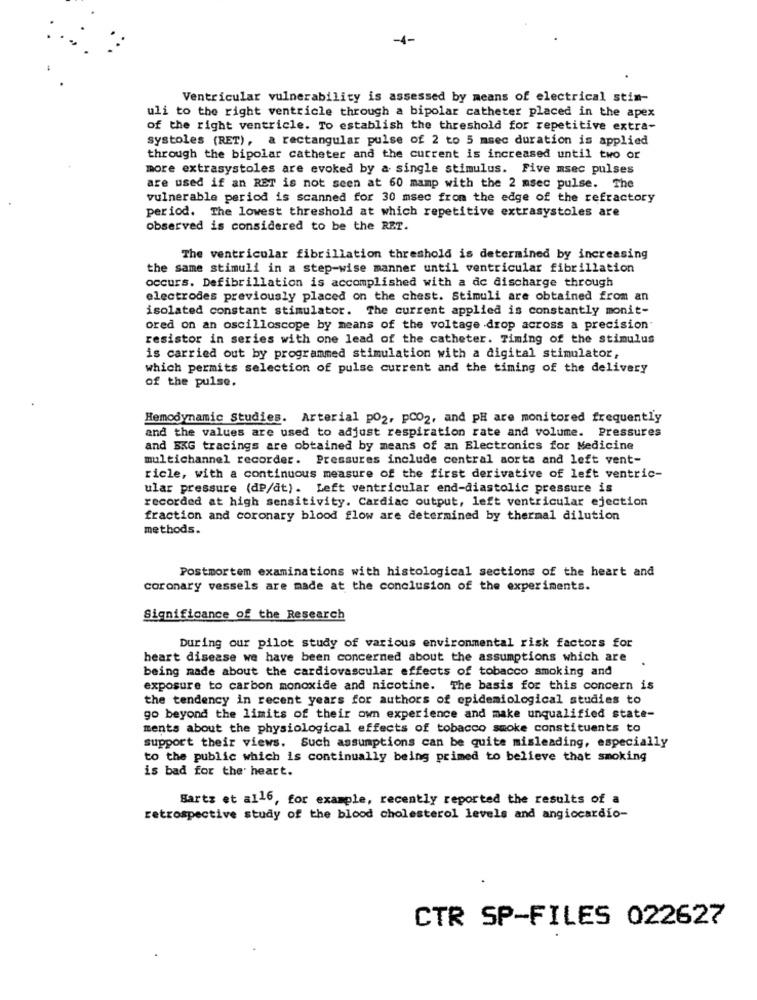
-4-
Ventricular vulnerability is assessed by means of electrical stin-
uli to the right ventricle through a bipolar catheter placed in the apex
of the right ventricle. To establish the threshold for repetitive extra-
systoles (RET), a rectangular pulse of 2 to 5 msec duration is applied
through the bipolar catheter and the current is increased until two or
more extrasystoles are evoked by a single stimulus. Five msec pulses
are used if an RET is not seen at 60 mamp with the 2 msec pulse. The
vulnerable period is scanned for 30 msec from the edge of the refractory
period. The lowest threshold at which repetitive extrasystoles are
observed is considered to be the RET.
The ventricular fibrillation threshold is determined by increasing
the same stimuli in a step-wise manner until ventricular fibrillation
occurs. Defibrillation is accomplished with a dc discharge through
electrodes previously placed on the chest. Stimuli are obtained from an
isolated constant stimulator. The current applied is constantly monit-
ored on an oscilloscope by means of the voltage drop across a precision
resistor in series with one lead of the catheter. Timing of the stimulus
is carried out by programmed stimulation with a digital stimulator,
which permits selection of pulse current and the timing of the delivery
of the pulse.
Hemodynamic Studies. Arterial po2, pCO2, and PH are monitored frequently
and the values are used to adjust respiration rate and volume. Pressures
and BKG tracings are obtained by means of an Electronics for Medicine
multichannel recorder. Pressures include central sorta and left vent-
ricle, with a continuous measure of the first derivative of left ventric-
ular pressure (dP/dt). Left ventricular end-diastolic pressure is
recorded at high sensitivity. Cardiac output, left ventricular ejection
fraction and coronary blood flow are determined by thermal dilution
methods.
Postmortem examinations with histological sections of the heart and
coronary vessels are made at the conclusion of the experiments.
Significance of the Research
During our pilot study of various environmental risk factors for
heart disease we have been concerned about the assumptions which are
being made about the cardiovascular effects of tobacco smoking and
exposure to carbon monoxide and nicotine. The basis for this concern is
the tendency in recent years for authors of epidemiological studies to
go beyond the limits of their own experience and make unqualified state-
ments about the physiological effects of tobacco smoke constituents to
support their views. Such assumptions can be quite misleading, especially
to the public which is continually being primed to believe that smoking
is bad for the heart.
Bartz et all6, for example, recently reported the results of a
retrospective study of the blood cholesterol levels and angiocardio-
CTR SP-FILES 022627